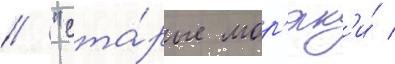
// "ста́рые мор'як'и́ /